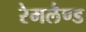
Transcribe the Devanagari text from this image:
रेमलैण्ड